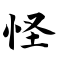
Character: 怪